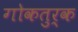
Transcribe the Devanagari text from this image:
गोकतुर्क